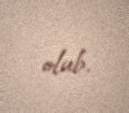
olub.